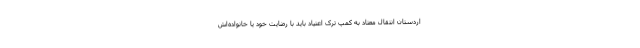
اردستان انتقال معتاد به کمپ ترک اعتیاد باید با رضایت خود یا خانواده‌اش